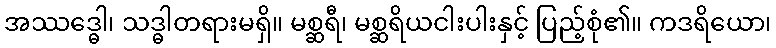
အဿဒ္ဓေါ၊ သဒ္ဓါတရားမရှိ။ မစ္ဆရီ၊ မစ္ဆရိယငါးပါးနှင့် ပြည့်စုံ၏။ ကဒရိယော၊